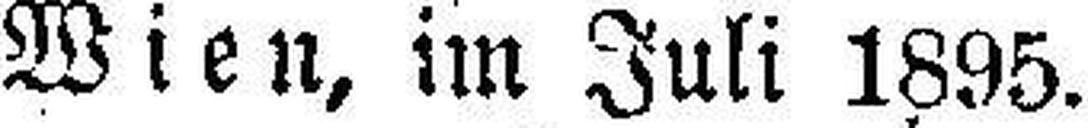
Wien, im Juli 1895.